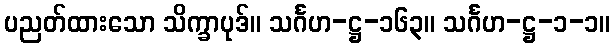
ပညတ်ထားသော သိက္ခာပုဒ်။ သင်္ဂဟ-ဋ္ဌ-၁၆၃။ သင်္ဂဟ-ဋ္ဌ-၁-၁။